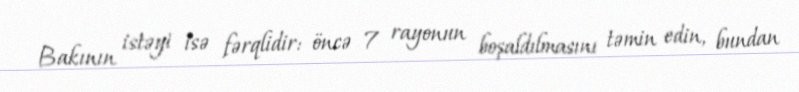
Bakının istəyi isə fərqlidir: öncə 7 rayonun boşaldılmasını təmin edin, bundan